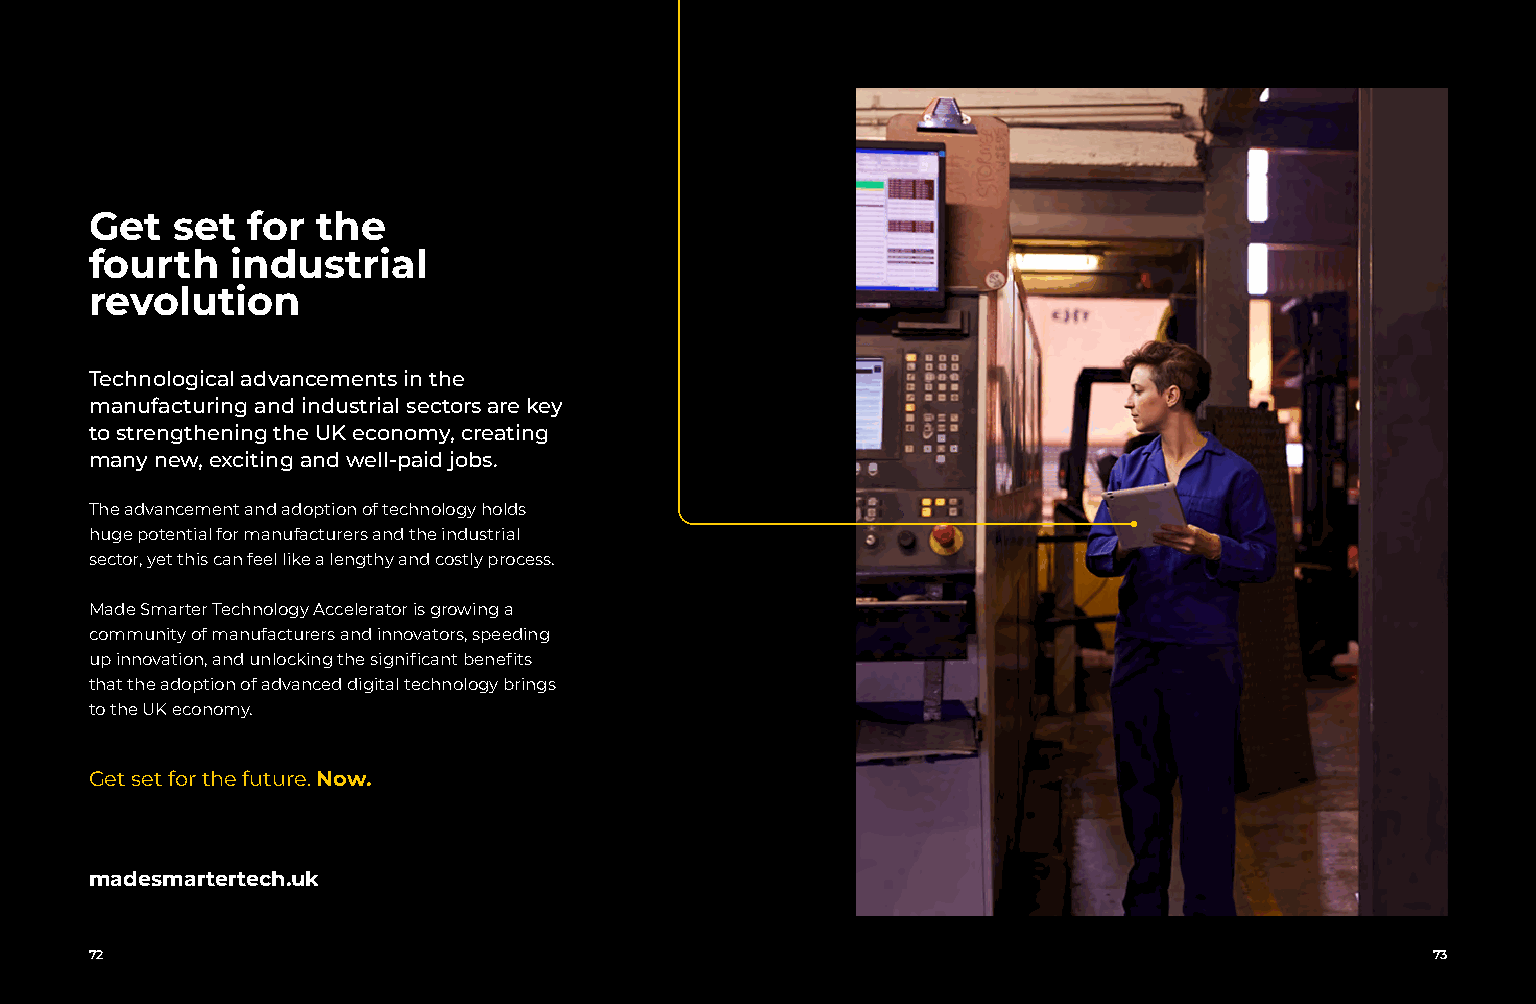
XXXXXXXXX                                                                           XXXXXXXXX
 Get  set  for  the
 fourth   industrial
 revolution
 Technological advancements in the
 manufacturing and industrial sectors are key
 to strengthening the UK economy, creating
 many new, exciting and well-paid jobs.
 The advancement and adoption of technology holds
 huge potential for manufacturers and the industrial
 sector, yet this can feel like a lengthy and costly process.
 Made Smarter Technology Accelerator is growing a
 community of manufacturers and innovators, speeding
 up innovation, and unlocking the significant benefits
 that the adoption of advanced digital technology brings
 to the UK economy.
 Get set for the future. Now.
 madesmartertech.uk
 72                                                                                       73